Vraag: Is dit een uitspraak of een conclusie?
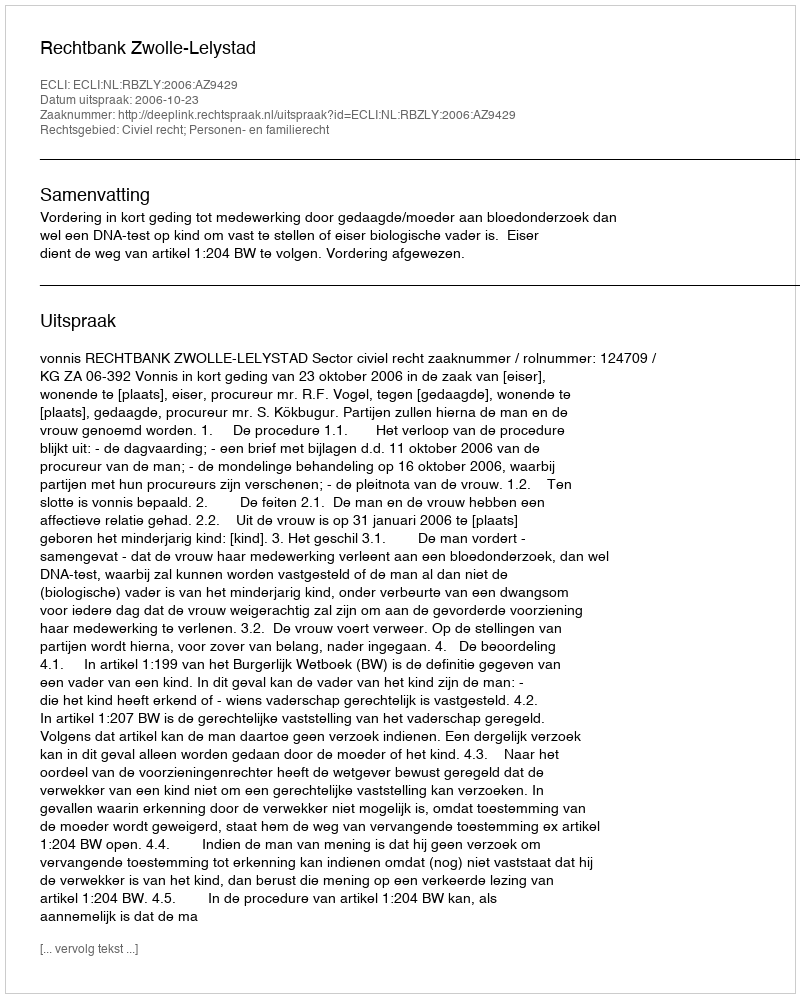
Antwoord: Uitspraak